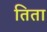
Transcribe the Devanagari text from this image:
तिता